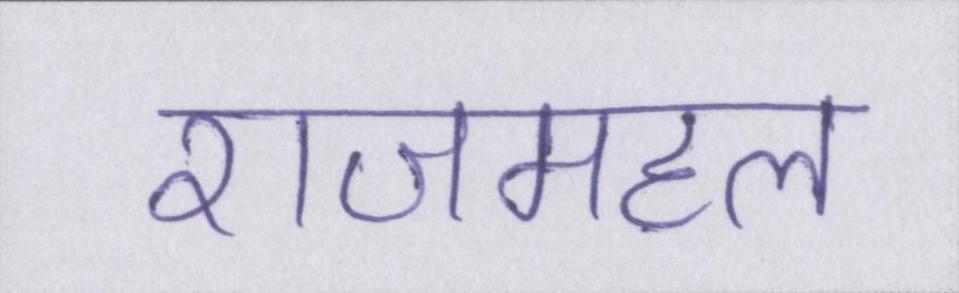
राजमहल